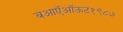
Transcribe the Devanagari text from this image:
बआऍऑऊट१९८७